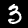
Digit: 3